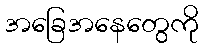
အခြေအနေတွေကို